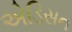
એડિસન